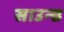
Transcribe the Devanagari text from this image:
साउन्‍ड